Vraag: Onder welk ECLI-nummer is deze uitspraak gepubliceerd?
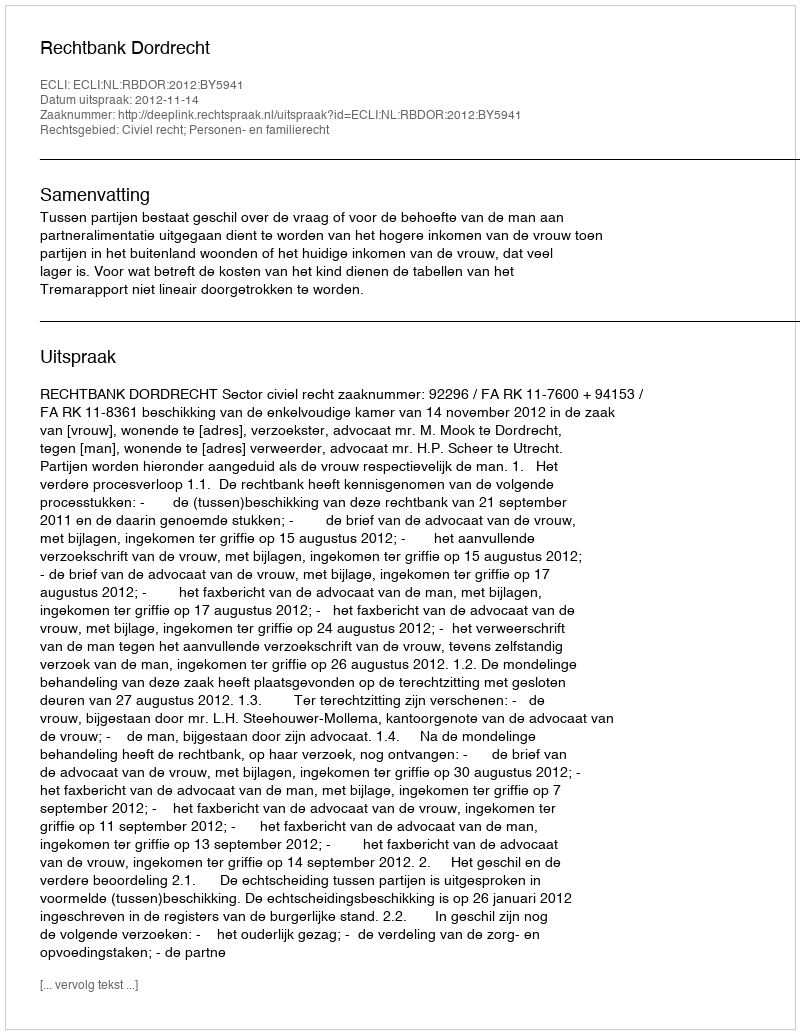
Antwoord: ECLI:NL:RBDOR:2012:BY5941